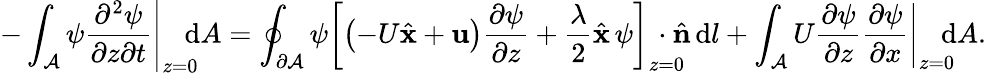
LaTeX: -\int_{\mathcal{A}}\left.\psi\frac{\partial^{2}\psi}{\partial z\partial t}\right|_{z=0}\! \! \! \! \, \textrm{d}A=\oint_{\partial\mathcal{A}}\psi\left[\left(-U\hat{\textbf{x}}+\textbf{u}\right)\frac{\partial\psi}{\partial z}+\frac{\lambda}{2}\hat{\textbf{x}}\, \psi\right]_{z=0}\! \! \! \! \! \! \! \cdot\hat{\textbf{n}}\, \textrm{d}l+\int_{\mathcal{A}}U\left.\frac{\partial\psi}{\partial z}\frac{\partial\psi}{\partial x}\right|_{z=0}\! \! \! \! \, \textrm{d}A.